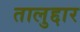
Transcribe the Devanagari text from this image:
तालुद्दार